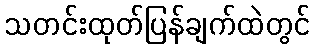
သတင်းထုတ်ပြန်ချက်ထဲတွင်